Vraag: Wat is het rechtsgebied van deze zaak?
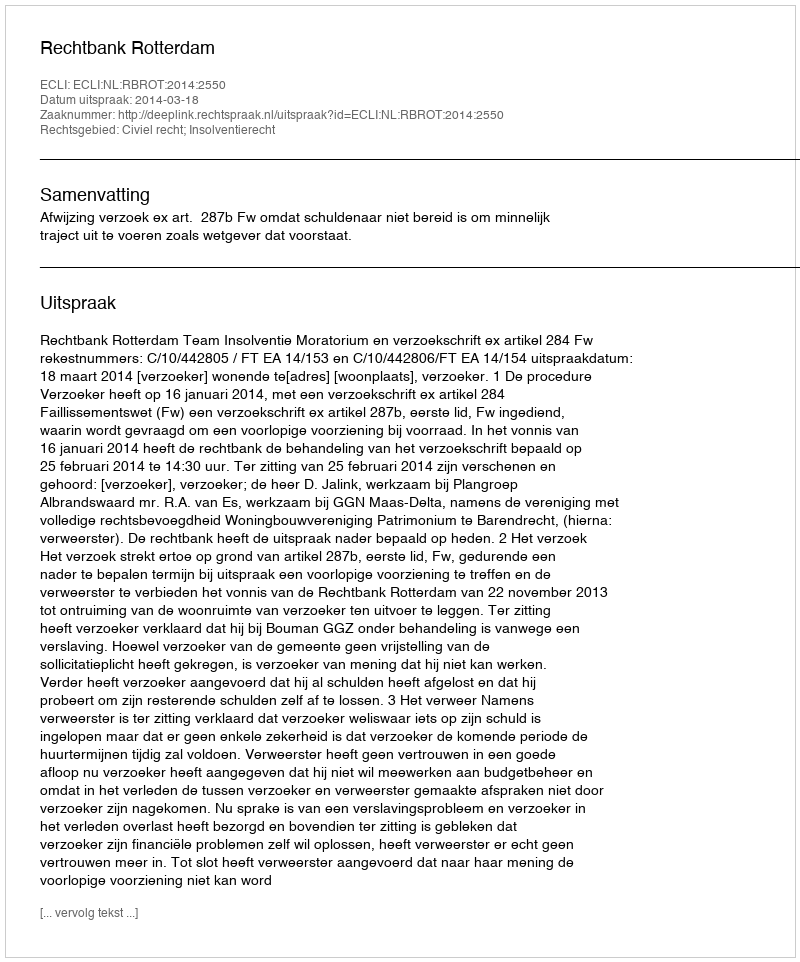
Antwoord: Civiel recht; Insolventierecht